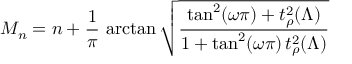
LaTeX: M _ { n } = n + \frac { 1 } { \pi } \, \arctan \sqrt { \frac { \tan ^ { 2 } ( \omega \pi ) + t _ { \rho } ^ { 2 } ( \Lambda ) } { 1 + \tan ^ { 2 } ( \omega \pi ) \, t _ { \rho } ^ { 2 } ( \Lambda ) } }